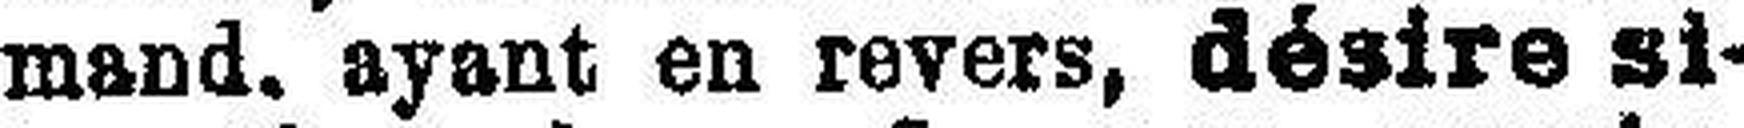
mand. ayant en revers, désire si¬